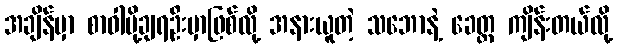
အချိန်မှာ စာဝါပို့ချရဦးမှာဖြစ်လို့ အနားယူတဲ့ သဘောနဲ့ ခေတ္တ ကျိန်းတယ်လို့